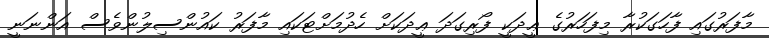
މާފަރުގައި ފާހަގަކުރާ މިފަހަރުގެ ޢީދަކީ ފޯރިގަދަ ޢީދަކަށް ހެދުމަށްޓަކައި މާފަރު ކައުންސިލުންވެސް އަންނަނީ